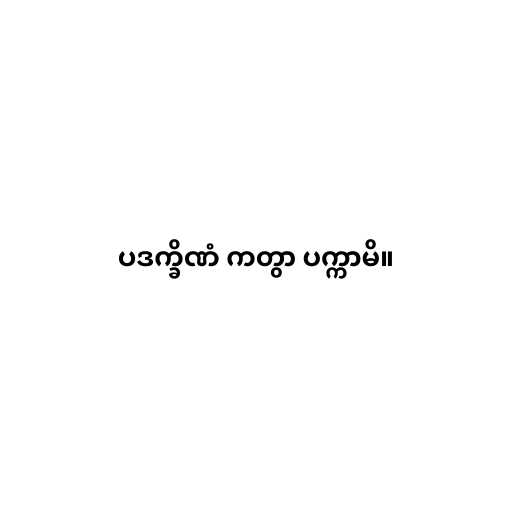
ပဒက္ခိဏံ ကတွာ ပက္ကာမိ။